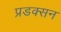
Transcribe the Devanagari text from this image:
प्रडक्सन